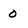
Character: 0